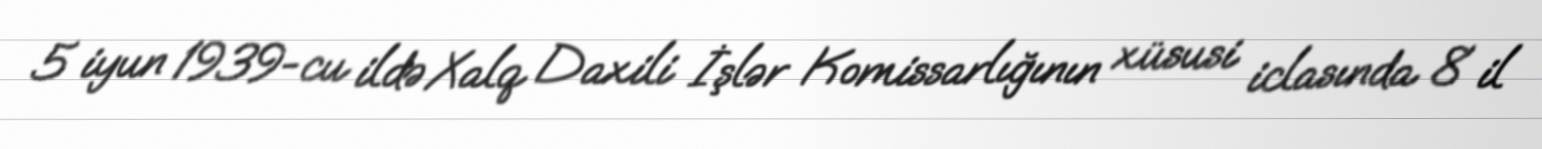
5 iyun 1939-cu ildə Xalq Daxili İşlər Komissarlığının xüsusi iclasında 8 il